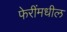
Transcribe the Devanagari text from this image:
फेरींमधील